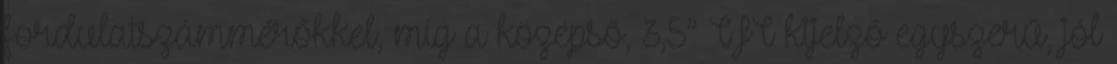
fordulatszámmérőkkel, míg a középső, 3,5” TFT kijelző egyszerű, jól